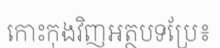
កោះកុងវិញអត្ថបទប្រែ៖